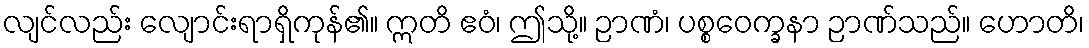
လျင်လည်း လျောင်းရာရှိကုန်၏။ ဣတိ ဧဝံ၊ ဤသို့။ ဉာဏံ၊ ပစ္စဝေက္ခနာ ဉာဏ်သည်။ ဟောတိ၊